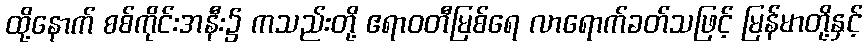
ထို့နောက် စစ်ကိုင်းအနီး၌ ကသည်းတို့ ဧရာဝတီမြစ်ရေ လာရောက်ခတ်သဖြင့် မြန်မာတို့နှင့်